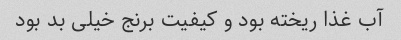
آب غذا ریخته بود و کیفیت برنج خیلی بد بود